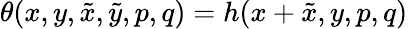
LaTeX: \theta(x,y,\tilde{x},\tilde{y},p,q)=h(x+\tilde{x},y,p,q)